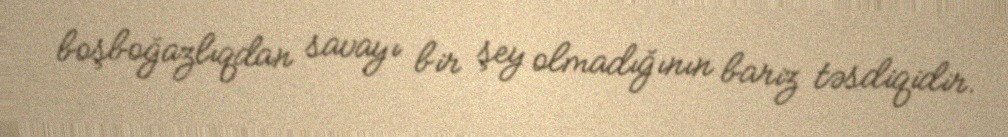
boşboğazlıqdan savayı bir şey olmadığının bariz təsdiqidir.